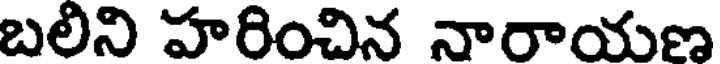
బలిని హరించిన నారాయణ